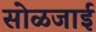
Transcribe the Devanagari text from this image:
सोळजाई